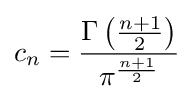
c_{n}={\frac {\Gamma \left({\frac {n+1}{2}}\right)}{\pi ^{\frac {n+1}{2}}}}